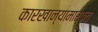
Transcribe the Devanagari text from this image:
कारखान्यामार्फत